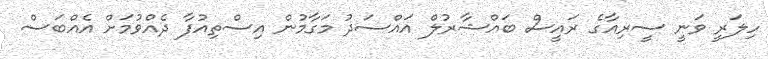
ހިލަރީ ވަނީ ސީރިއާގެ ރައީސް ބައްޝާރުލް އައްސަދު މަގާމުން އިސްތިއުފާ ދެއްވުމަށް އެއްބަސް